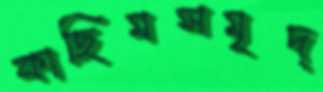
কাছিমসমৃদ্